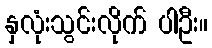
နှလုံးသွင်းလိုက် ပါဦး။